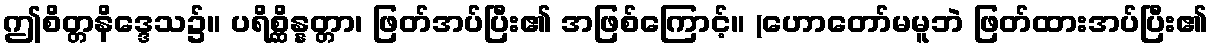
ဤစိတ္တနိဒ္ဒေသ၌။ ပရိစ္ဆိန္နတ္တာ၊ ဖြတ်အပ်ပြီး၏ အဖြစ်ကြောင့်။ (ဟောတော်မမူဘဲ ဖြတ်ထားအပ်ပြီး၏